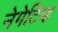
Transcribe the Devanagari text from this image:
नेगेटिव्ह